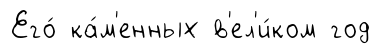
Его́ ка́м'енных в'ел'и́ком год